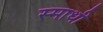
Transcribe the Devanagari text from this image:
स्माधी